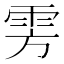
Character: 雱